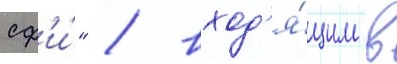
сф'и́" / вход'я́щим в